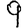
Digit: 9